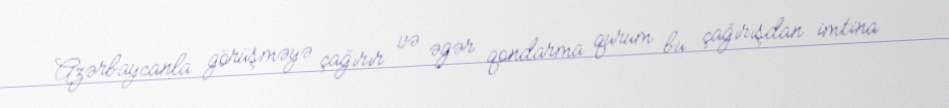
Azərbaycanla görüşməyə çağırır və əgər qondarma qurum bu çağırışdan imtina